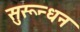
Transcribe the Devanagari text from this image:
सुरून्धन